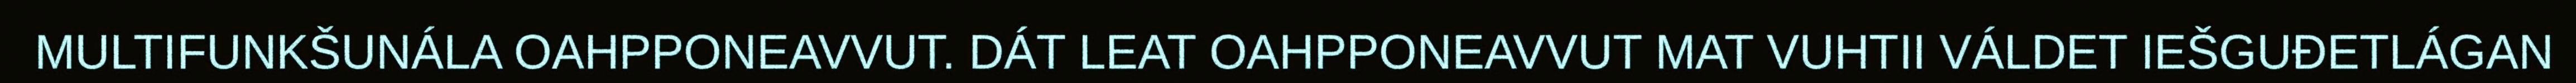
MULTIFUNKŠUNÁLA OAHPPONEAVVUT. DÁT LEAT OAHPPONEAVVUT MAT VUHTII VÁLDET IEŠGUĐETLÁGAN